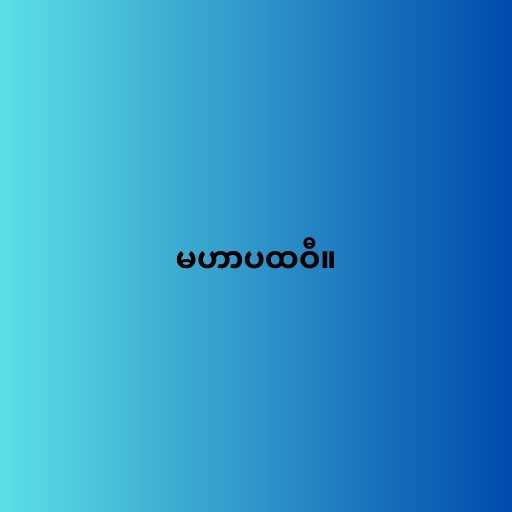
မဟာပထဝီ။